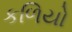
કળિયો